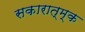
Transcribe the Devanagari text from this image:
सकारात्म्क